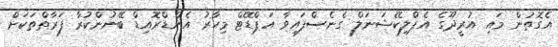
އެގޮތުން މައި އުރީދޫގެ އެޕްލިކޭޝަނަލް ގެނެސްފައިވާ އަޕްޑޭޓް މިހާރު އެންޑްރޮއިޑް ބޭނުންކުރާ ފަރާތްތަކަށް